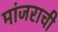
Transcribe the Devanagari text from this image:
मांजराची